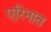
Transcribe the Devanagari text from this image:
एरिनात